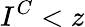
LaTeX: I^{C}<z